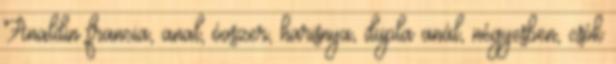
Analdin francia, anal, óvszer, harisnya, dupla anál, négyesben, csók